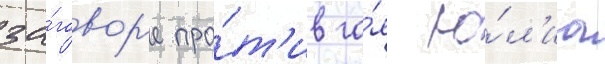
за́говор'е про́т'ив га́я ю́л'иа